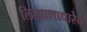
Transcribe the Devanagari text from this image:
लिखाणाधारेच